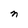
Character: n